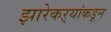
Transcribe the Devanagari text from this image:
झारेकऱ्यांकडून